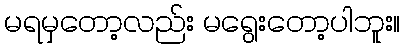
မရမှတော့လည်း မရွေးတော့ပါဘူး။